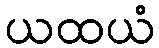
ယထယံ